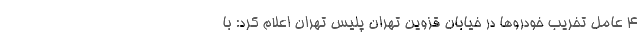
4 عامل تخریب خودروها در خیابان قزوین تهران پلیس تهران اعلام کرد: با